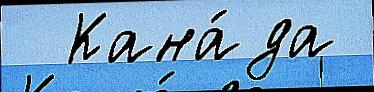
  Кана́да